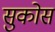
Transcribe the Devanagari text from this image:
सुकोस